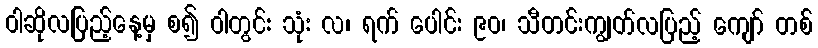
ဝါဆိုလပြည့်နေ့မှ စ၍ ဝါတွင်း သုံး လ၊ ရက် ပေါင်း ၉၀၊ သီတင်းကျွတ်လပြည့် ကျော် တစ်